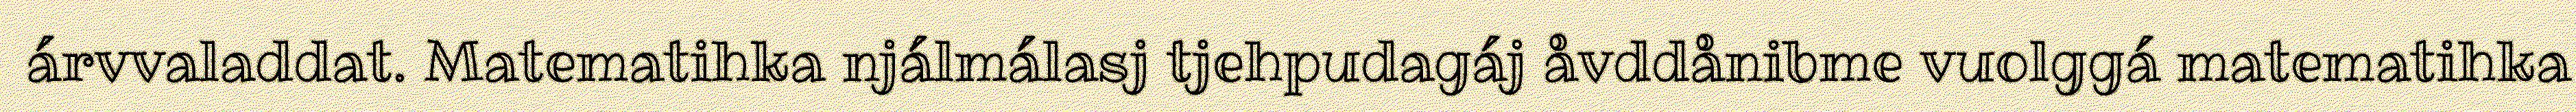
árvvaladdat. Matematihka njálmálasj tjehpudagáj åvddånibme vuolggá matematihka